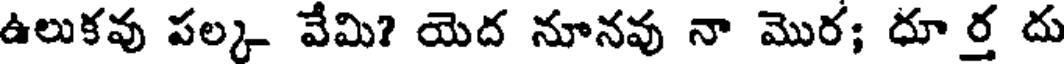
ఉలుకవు పల్క వేమి? యెద నూనవు నా మొర; దూ ర్త దు